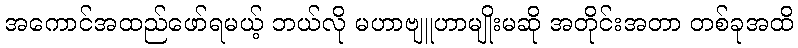
အကောင်အထည်ဖော်ရမယ့် ဘယ်လို မဟာဗျူဟာမျိုးမဆို အတိုင်းအတာ တစ်ခုအထိ